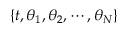
\{ t , \theta _ { 1 } , \theta _ { 2 } , \cdots , \theta _ { N } \}